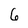
Character: 6